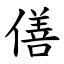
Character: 僐